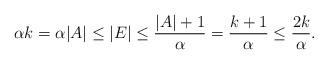
LaTeX: \begin{align*} \alpha k = \alpha |A| \le |E|\le \frac{|A| + 1}{\alpha} = \frac{k+1}{\alpha} \le \frac{2k}{\alpha}.\end{align*}